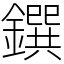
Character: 鐉